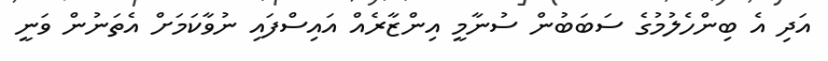
އަދި އެ ބިންހެލުމުގެ ސަބަބުން ސުނާމީ އިންޒާރެއް އައިސްފައި ނުވާކަމަށް އެތަނުން ވަނީ